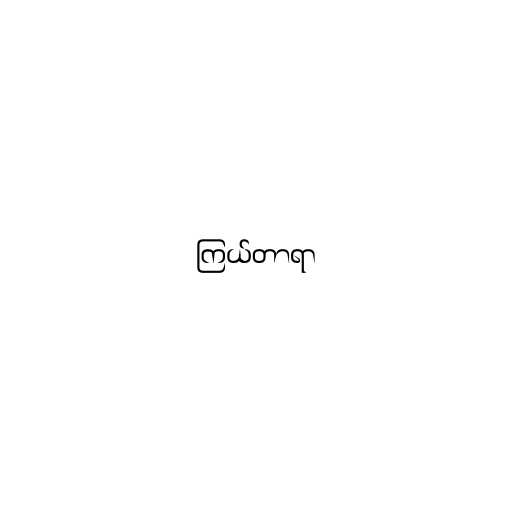
ကြယ်တာရာ